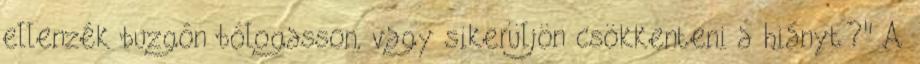
ellenzék buzgón bólogasson, vagy sikerüljön csökkenteni a hiányt?" A